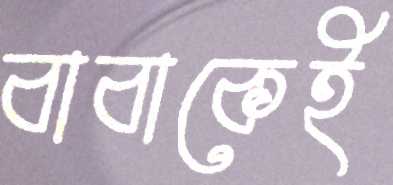
বাবাকেই